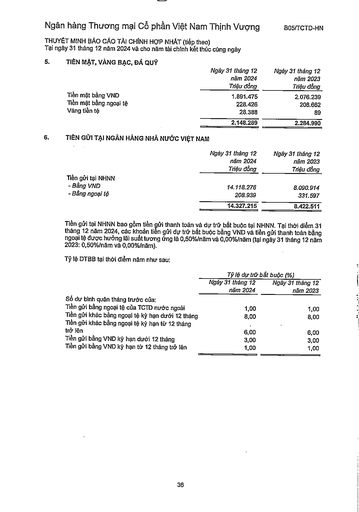
||Ngày 31 tháng 12 năm 2024 Triệu đồng|Ngày 31 tháng 12 năm 2023 Triệu đồng| |---|---|---| |Tiền mặt bằng VND|1.891.475|2.076.239| |Tiền mặt bằng ngoại tệ|228.426|208.662| |Vàng tiền tệ|28,388|89| ||2.148.289|2.284.990| ||Ngày 31 tháng 12 năm 2024 Triệu đồng|Ngày 31 tháng 12 năm 2023 Triệu đồng| |---|---|---| |Tiền gửi tại NHNN||| |- Bằng VND|14.118.276|8.090.914| |- Bằng ngoại tệ|208.939|331.597| ||14.327.215|8.422.511| ||Tỷ lệ dự trữ|bắt buộc (%)| |---|---|---| ||Ngày 31 tháng 12 năm 2024|Ngày 31 tháng 12 năm 2023| |Số dư bình quân tháng trước của:||| |Tiền gửi bằng ngoại tệ của TCTD nước ngoài|1,00|1,00| |Tiền gửi khác bằng ngoại tệ kỳ hạn dưới 12 tháng|8,00|8,00| |Tiền gửi khác bằng ngoại tệ kỳ hạn từ 12 tháng trở lên|6,00|6,00| |Tiền gửi bằng VND kỳ hạn dưới 12 tháng|3,00|3,00| |Tiền gửi bằng VND kỳ hạn từ 12 tháng trở lên|1,00|1,00|